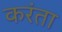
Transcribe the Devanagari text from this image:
करंता